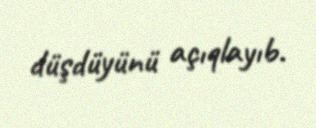
düşdüyünü açıqlayıb.